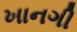
ખાનગી